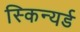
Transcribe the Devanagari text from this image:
स्किन्यर्ड